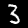
Digit: 3